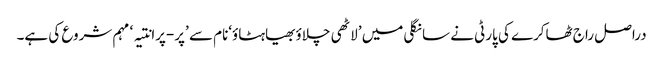
دراصل راج ٹھاکرے کی پارٹی نے سانگلی میں ’لاٹھی چلاؤبھیاہٹاؤ‘نام سے ’پر-پرانتیہ‘ مہم شروع کی ہے۔